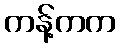
ကန့်ကက